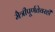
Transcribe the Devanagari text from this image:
मैत्रीपूर्णतेवरही